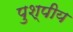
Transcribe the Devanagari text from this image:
पुश्पीय